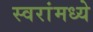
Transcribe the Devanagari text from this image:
स्वरांमध्ये